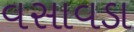
વસાવડા